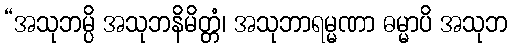
“အသုဘမ္ပိ အသုဘနိမိတ္တံ၊ အသုဘာရမ္မဏာ ဓမ္မာပိ အသုဘ